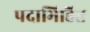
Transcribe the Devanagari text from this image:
पदाभिहित